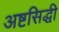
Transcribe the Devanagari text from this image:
अष्टसिद्धी